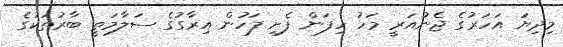
މިދިޔަ އަހަރުގެ ޖެނުއަރީ މަހު ހިފަން ފެށި ފަހުން އިރާގުގެ ސަލާމަތީ ބާރުތަކުގެ